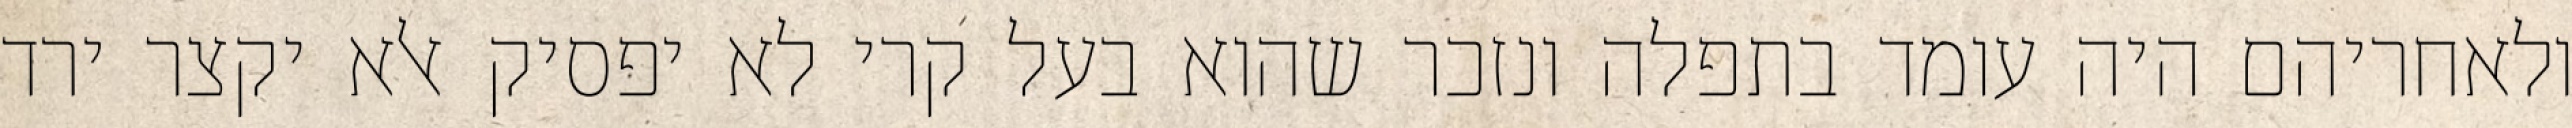
ולאחריהם היה עומד בתפלה ונזכר שהוא בעל קרי לא יפסיק אלא יקצר ירד